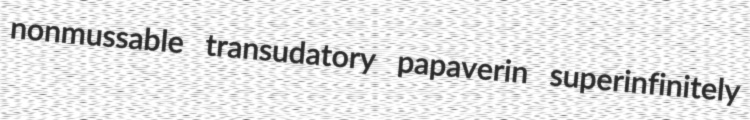
nonmussable transudatory papaverin superinfinitely